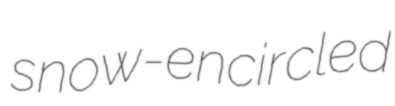
snow-encircled